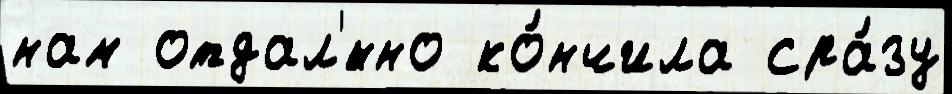
нам отдал'́нно ко́нчила сра́зу